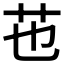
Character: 𦬎